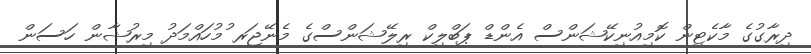
ދިރާގުގެ މާކެޓިން ކޮމިއުނިކޭޝަންސް އެންޑް ޕަބްލިކް ރިލޭޝަންސްގެ މެނޭޖަރ ުމުހައްމަދު މިރުޝާން ހަސަން